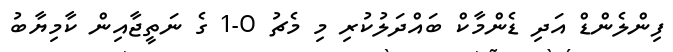
ފިންލެންޑް އަދި ޑެންމާކް ބައްދަލުކުރި މި މެޗު 0-1 ގެ ނަތީޖާއިން ކާމިޔާބު